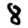
Digit: 8